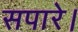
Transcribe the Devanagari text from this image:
सपारे।